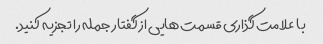
با علامت گذاری قسمت هایی از گفتار جمله را تجزیه کنید.